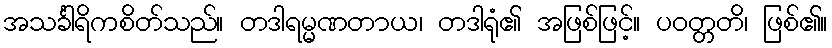
အသင်္ခါရိကစိတ်သည်။ တဒါရမ္မဏတာယ၊ တဒါရုံ၏ အဖြစ်ဖြင့်။ ပဝတ္တတိ၊ ဖြစ်၏။